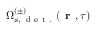
\Omega _ { s , \, \mathrm { ~ d ~ e ~ t ~ . ~ } } ^ { ( \pm ) } ( \textbf { r } , \tau )